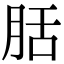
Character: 䏦